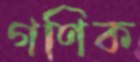
গণিক